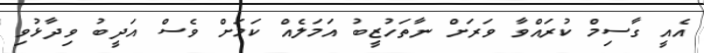
އެއީ ގާސިމް ކުރައްވާ ވަރަށް ނާތަހުޒީބު އަމަލެއް ކަމަށް ވެސް އަދީބު ވިދާޅުވި